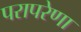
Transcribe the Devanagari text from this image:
परापरेणा